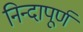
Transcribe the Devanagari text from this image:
निन्दापूर्ण